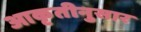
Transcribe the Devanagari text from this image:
आकृतीनुसार